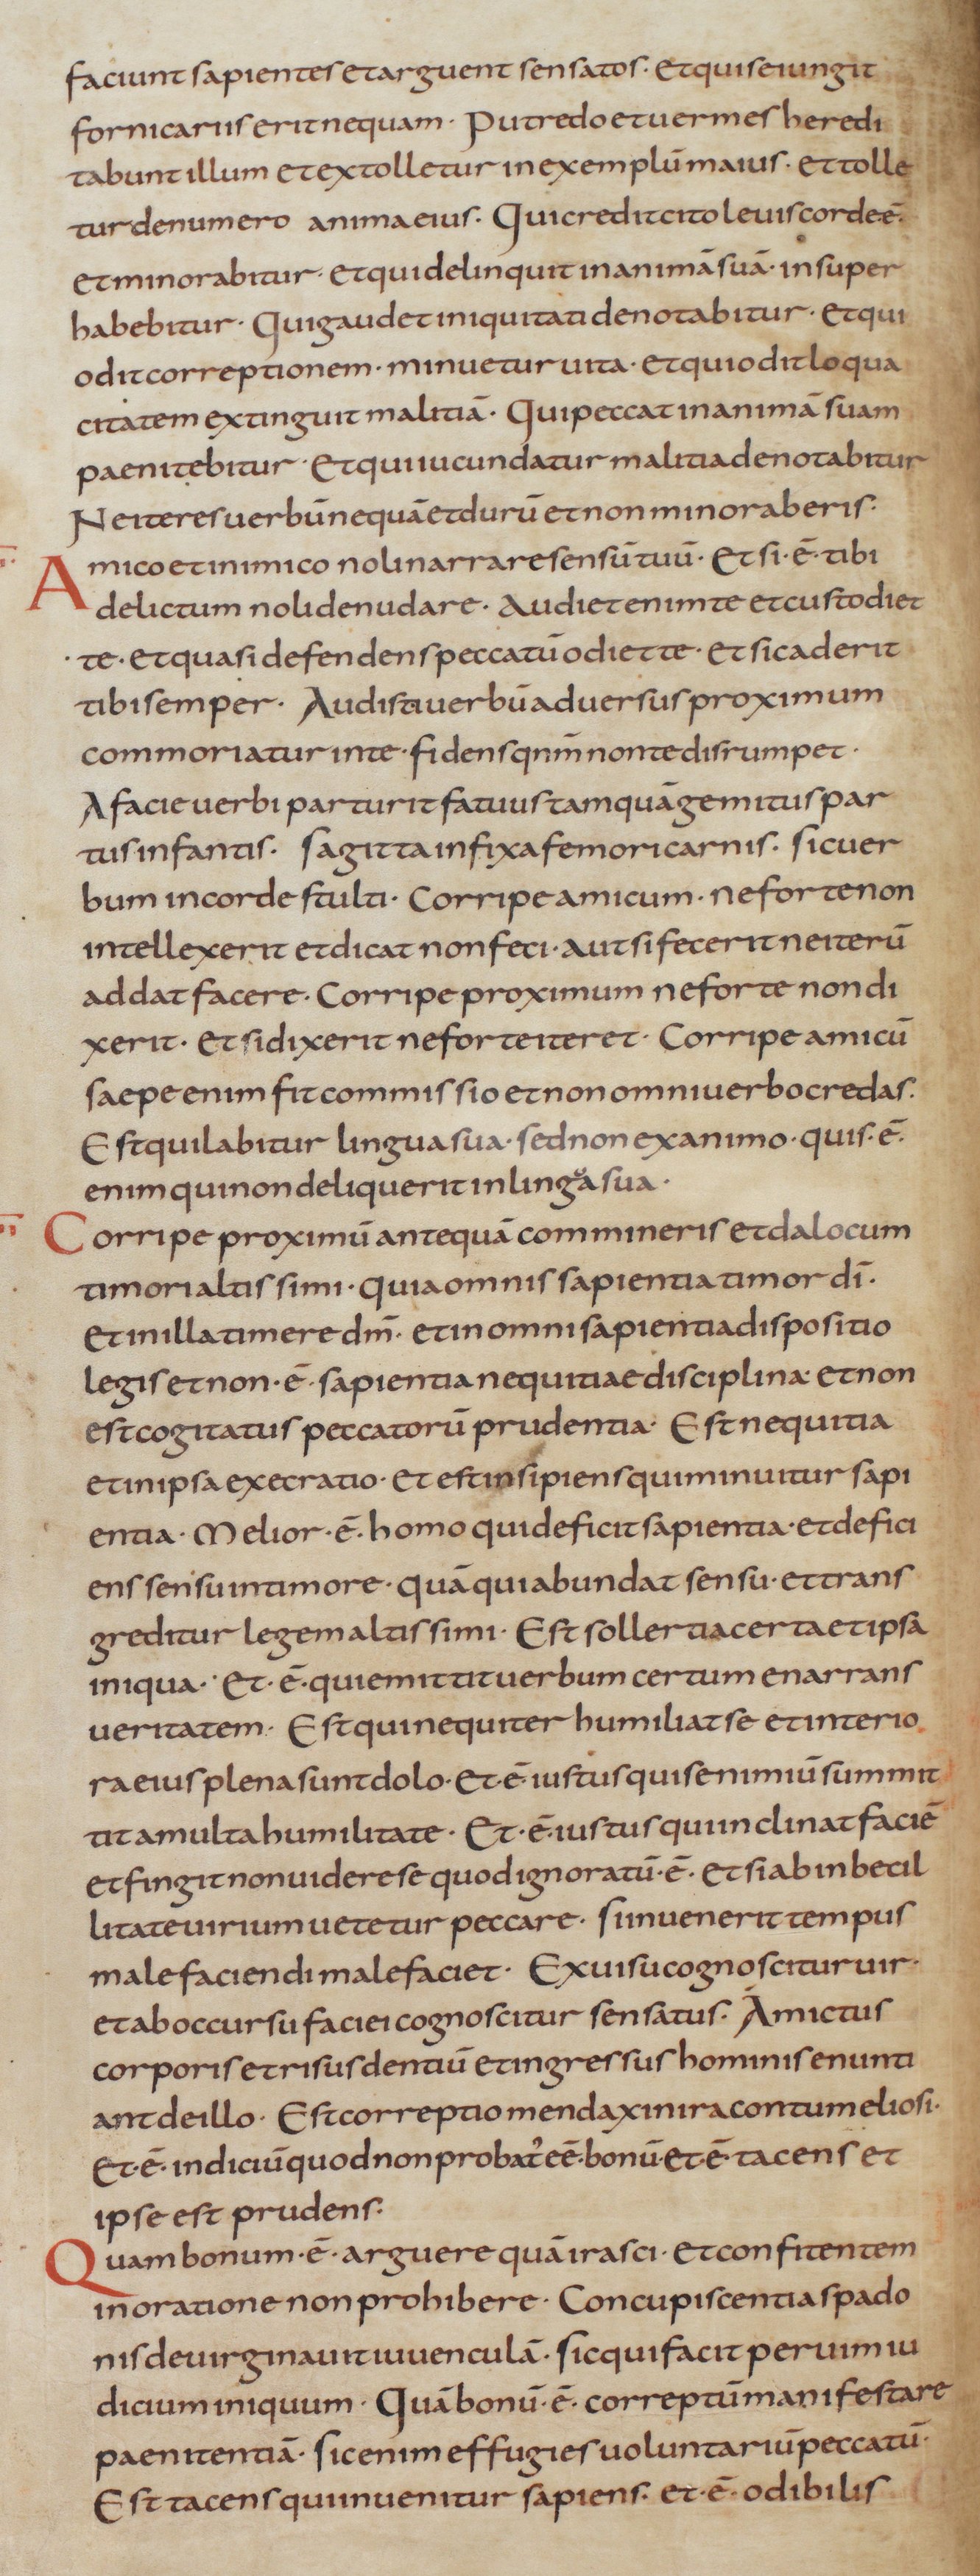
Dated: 805–845